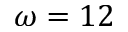
\omega = 1 2